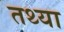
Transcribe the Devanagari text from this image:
तथ्या